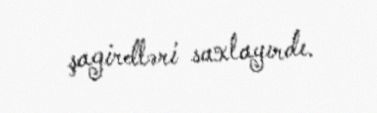
şagirdləri saxlayırdı.